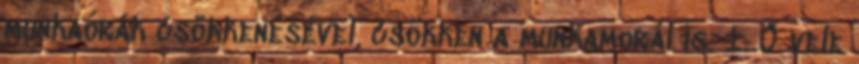
munkaórák csökkenésével, csökken a munkamorál is. 1. Ő vele